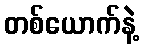
တစ်ယောက်နဲ့